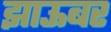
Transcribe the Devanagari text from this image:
झाऊबर